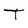
Character: T